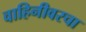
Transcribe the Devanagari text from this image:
वाहिनीवरचा